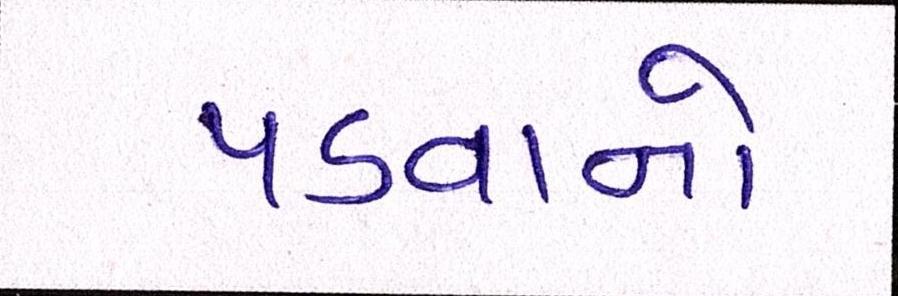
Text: પડવાનો